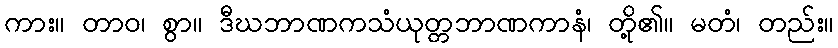
ကား။ တာဝ၊ စွာ။ ဒီဃဘာဏကသံယုတ္တဘာဏကာနံ၊ တို့၏။ မတံ၊ တည်း။